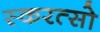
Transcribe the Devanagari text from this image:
स्करत्सो